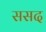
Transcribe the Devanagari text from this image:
ससद